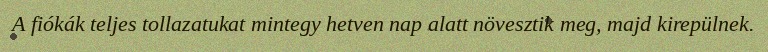
A fiókák teljes tollazatukat mintegy hetven nap alatt növesztik meg, majd kirepülnek.